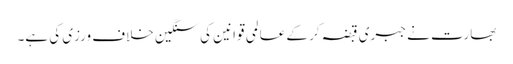
بھارت نے جبری قبضہ کر کے عالمی قوانین کی سنگین خلاف ورزی کی ہے۔